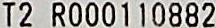
T2 R000110882